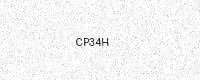
Text: CP34H